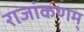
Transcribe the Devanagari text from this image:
राजांकणम्